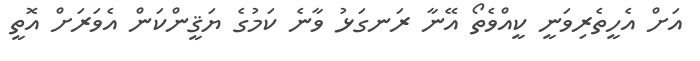
އަށް އެހީތެރިވަނީ ކީއްވެތޯ އޭނާ ރަނގަޅު ވާނެ ކަމުގެ ޔަޤީންކަން އެވަރަށް އޮތީ